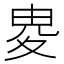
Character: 𡕦